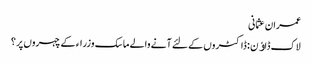
عمران عثمانی
لاک ڈاﺅن : ڈاکٹروں کے لئے آنے والے ماسک وزراء کے چہروں پر ؟